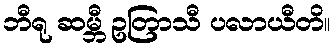
ဘီရု ဆမ္ဘီ ဥတြာသီ ပလာယီတိ။